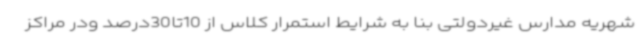
شهریه مدارس غیردولتی بنا به شرایط استمرار کلاس از 10تا30درصد ودر مراکز